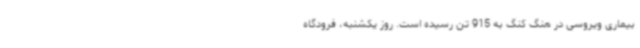
بیماری ویروسی در هنگ کنگ به 915 تن رسیده است. روز یکشنبه، فرودگاه